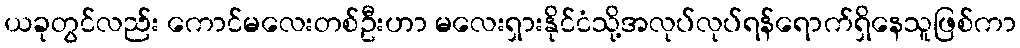
ယခုတွင်လည်း ကောင်မလေးတစ်ဦးဟာ မလေးရှားနိုင်ငံသို့အလုပ်လုပ်ရန်ရောက်ရှိနေသူဖြစ်ကာ